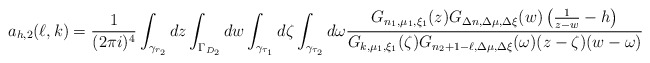
\begin{align*}a_{h,2}(\ell,k)=\frac 1{(2\pi i)^4}\int_{\gamma_{r_2}}dz\int_{\Gamma_{D_2}}dw\int_{\gamma_{\tau_1}}d\zeta\int_{\gamma_{\tau_2}}d\omega\frac{G_{n_1,\mu_1,\xi_1}(z)G_{\Delta n,\Delta\mu,\Delta\xi}(w)\left(\frac 1{z-w}-h\right)}{G_{k,\mu_1,\xi_1}(\zeta)G_{n_2+1-\ell,\Delta\mu,\Delta\xi}(\omega)(z-\zeta)(w-\omega)}\end{align*}